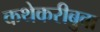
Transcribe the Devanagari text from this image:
कथेकरीबुवा